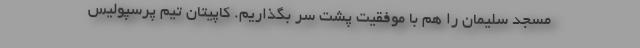
مسجد سلیمان را هم با موفقیت پشت سر بگذاریم. کاپیتان تیم پرسپولیس